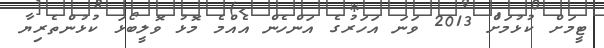
ޓީމަށް ކުޅުމަށް 2013 ވަނަ އަހަރުގެ އަންހެން އެއްމެ މޮޅު ވޮލީބޯޅަ ކުޅުންތެރިޔާ